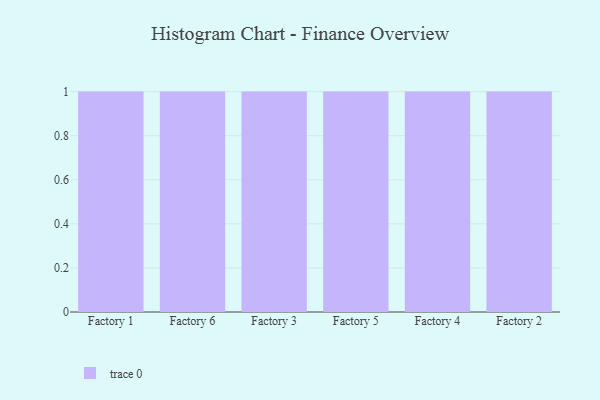
{"axis": {"x": "Factory", "y": "Inventory Turnover"}, "legend": [""], "data": [{"x": "Factory 1", "y": 8, "type": ""}, {"x": "Factory 6", "y": 35, "type": ""}, {"x": "Factory 3", "y": 99, "type": ""}, {"x": "Factory 5", "y": 16, "type": ""}, {"x": "Factory 4", "y": 43, "type": ""}, {"x": "Factory 2", "y": 95, "type": ""}]}